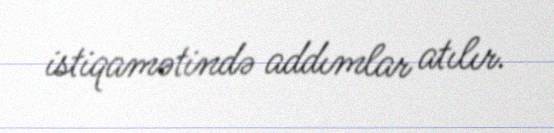
istiqamətində addımlar atılır.